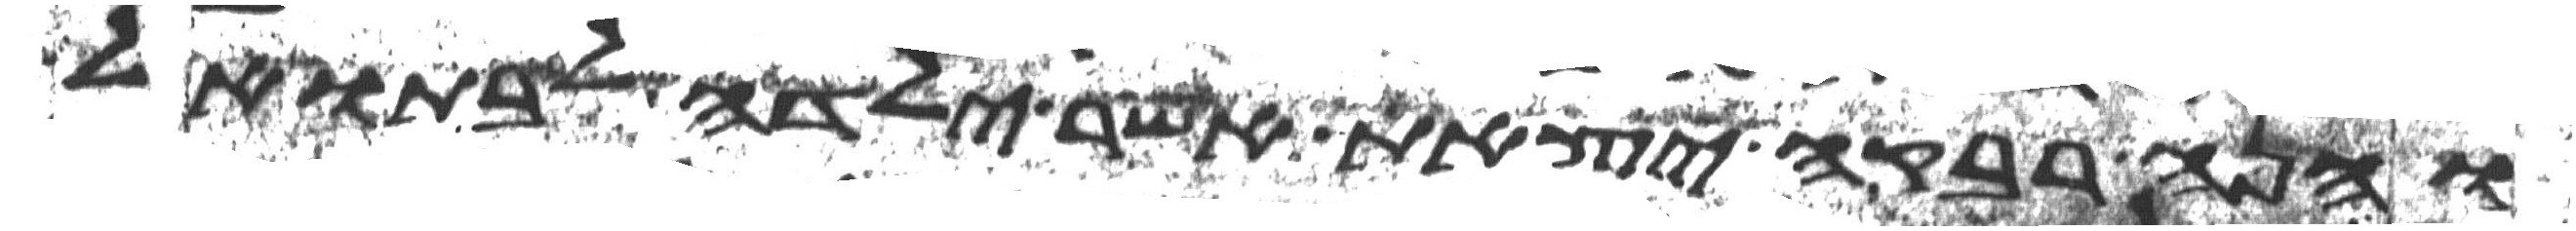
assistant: והנה רבקה יצאת אשר ילדה לבתואל